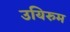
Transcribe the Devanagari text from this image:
उयिरुम